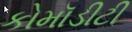
કોમૉડીટી